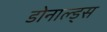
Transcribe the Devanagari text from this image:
डोनाल्ड्स